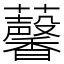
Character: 𧅥